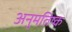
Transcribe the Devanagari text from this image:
अनुमतिष्क